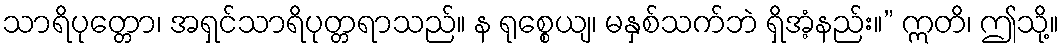
သာရိပုတ္တော၊ အရှင်သာရိပုတ္တရာသည်။ န ရုစ္စေယျ၊ မနှစ်သက်ဘဲ ရှိအံ့နည်း။” ဣတိ၊ ဤသို့။